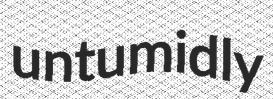
untumidly